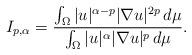
LaTeX: \begin{align*}I_{p,\alpha}=\frac{\int_{\Omega} |u|^{\alpha-p}|\nabla u|^{2p}\,d\mu}{\int_{\Omega} |u|^{\alpha}|\nabla u|^{p} \,d\mu}.\end{align*}